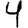
Digit: 4